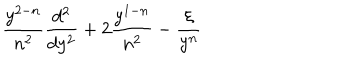
LaTeX: \frac { y ^ { 2 - n } } { n ^ { 2 } } \frac { d ^ { 2 } } { d y ^ { 2 } } + 2 \frac { y ^ { 1 - n } } { n ^ { 2 } } - \frac { \xi } { y ^ { n } }